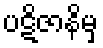
ပဋိဇာနိမှ